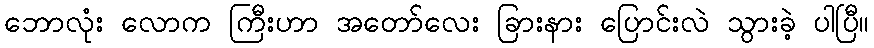
ဘောလုံး လောက ကြီးဟာ အတော်လေး ခြားနား ပြောင်းလဲ သွားခဲ့ ပါပြီ။